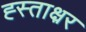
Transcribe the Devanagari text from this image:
ह्स्ताक्ष्रर